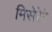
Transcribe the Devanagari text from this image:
मिसेरेरे